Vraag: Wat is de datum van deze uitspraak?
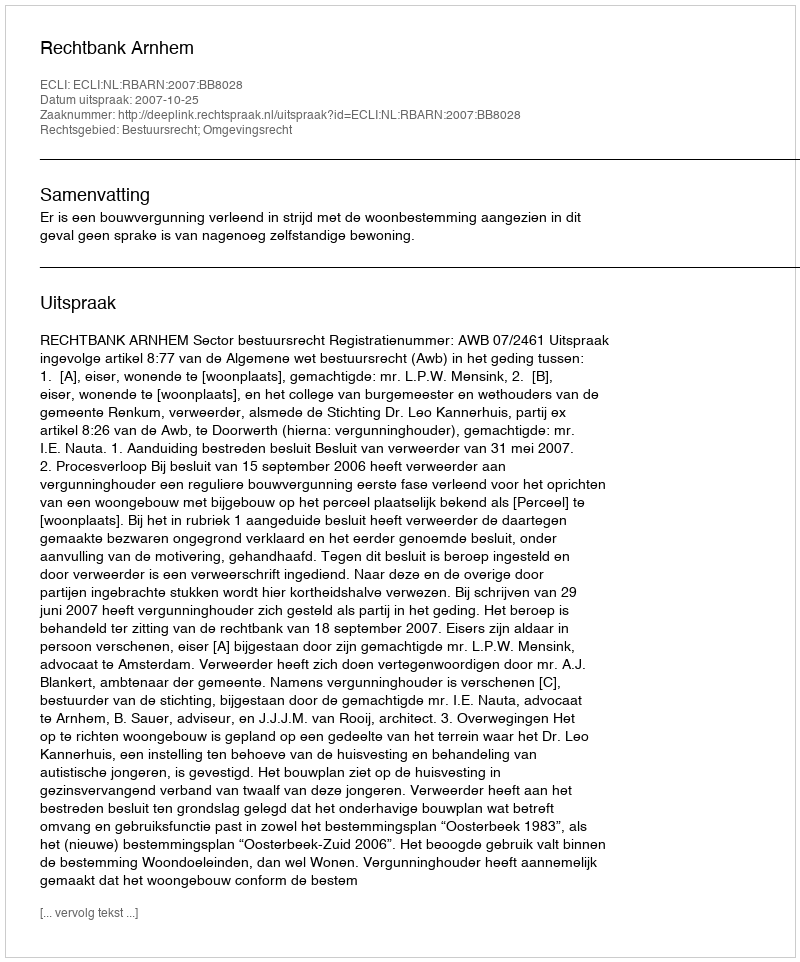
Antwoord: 2007-10-25